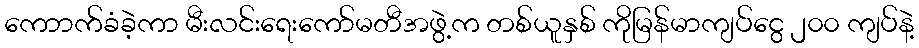
ကောာက်ခံခဲ့ကာ မီးလင်းရေးကော်မတီအဖွဲ့က တစ်ယူနှစ် ကိုမြန်မာကျပ်ငွေ ၂၀၀ ကျပ်နဲ့